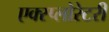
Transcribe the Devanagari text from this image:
एक्स्प्लोरेटरी